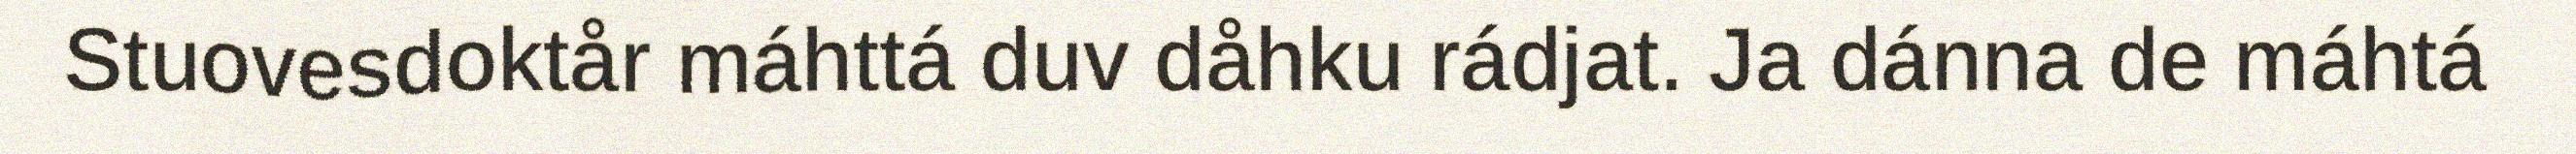
Stuovesdoktår máhttá duv dåhku rádjat. Ja dánna de máhtá